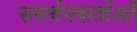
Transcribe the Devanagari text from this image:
समर्थनकर्ताओं